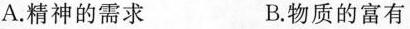
A.精神的需求 B.物质的富有